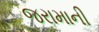
જરામાની